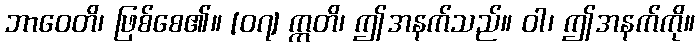
ဘာဝေတိ၊ ဖြစ်စေ၏။ [၀၇] ဣတိ၊ ဤအနက်သည်။ ဝါ၊ ဤအနက်ကို။